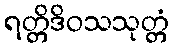
ရတ္တိဒိဝသသုတ္တံ